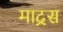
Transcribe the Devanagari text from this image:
माद्रस